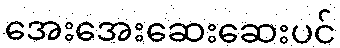
အေးအေးဆေးဆေးပင်